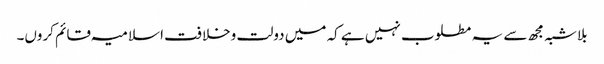
بلاشبہ مجھ سے یہ مطلوب نہیں ہے کہ میں دولت وخلافت اسلامیہ قائم کروں۔